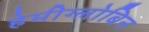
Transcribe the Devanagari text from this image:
हेमीग्लोबिन